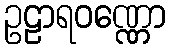
ဥဠာရဝဏ္ဏော